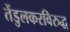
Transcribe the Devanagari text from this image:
तेंडुलकरविरुद्ध